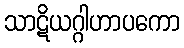
သာဋိယဂ္ဂါဟာပကော